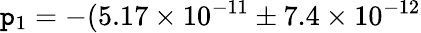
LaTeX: \mathtt{p}_{1}=-(5.17\times10^{-11}\pm7.4\times10^{-12}